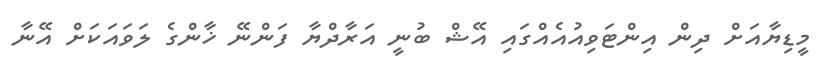
މީޑިޔާއަށް ދިން އިންޓަވިއުއެއްގައި އޭޝް ބުނީ އަރާދްޔާ ފަންނޭ ޚާންގެ ލަވައަކަށް އޭނާ